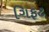
ગિફટ